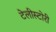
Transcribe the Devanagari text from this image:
टेलीस्टोरी